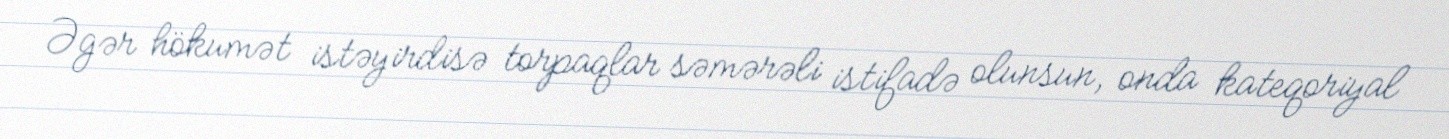
Əgər hökumət istəyirdisə torpaqlar səmərəli istifadə olunsun, onda kateqoriyal